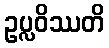
ဥပ္လဝိဿတိ